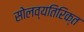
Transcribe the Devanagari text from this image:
सोलव्यतिरिक्त